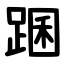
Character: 䠅